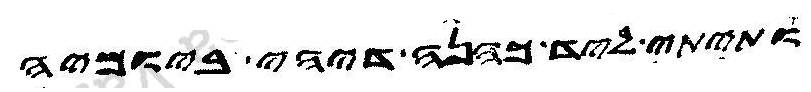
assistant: ותיתי ליד כהנה דיהי ביומיה